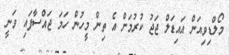
މޯލްޑިވިއަން އައިޑަލް ޖަޖު ކުރުމަށް އެ ތިން މީހުން ހަމަ ޖައްސާފައި ވަނީ